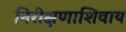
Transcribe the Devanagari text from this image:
निरीक्षणाशिवाय